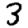
Digit: 3